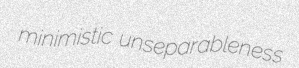
minimistic unseparableness